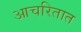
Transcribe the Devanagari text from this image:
आचरितात